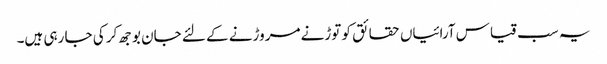
یہ سب قیاس آرائیاں حقائق کو توڑنے مروڑنے کے لئے جان بوجھ کر کی جا رہی ہیں۔